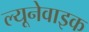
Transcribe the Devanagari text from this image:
ल्यूनेवाइक